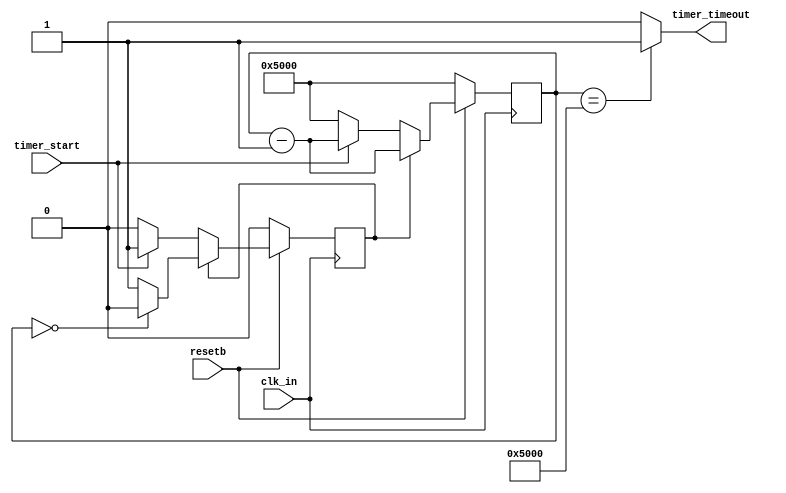
module timer_simple(
     input clk_in, 
     input resetb,
     input timer_start,
     output timer_timeout 
     );
   parameter RELOAD_VAL = 16'h5000;
   reg [15:0] counter_reg; 
   reg timer_state_run;
   assign timer_timeout = (counter_reg == RELOAD_VAL) ?1'b1:1'b0; 
   
   always @(posedge clk_in)
   begin
       if (!resetb)
       begin 
         timer_state_run <= 0;
         counter_reg     <= RELOAD_VAL; 
       end 
       else
       begin 
         if (timer_state_run) 
         begin 
           counter_reg    <= counter_reg - 16'h0001 ;
           timer_state_run <= 1;
           if (counter_reg == 0)
           begin
             timer_state_run <= 0; 
           end  
           
         end 
         else 
         begin 
           counter_reg     <= RELOAD_VAL;
           timer_state_run <= 0;   
           if (timer_start) 
           begin 
             timer_state_run <= 1;   
             counter_reg    <= counter_reg - 16'h0001 ;
           end
         end 
       end
   
   end
endmodule